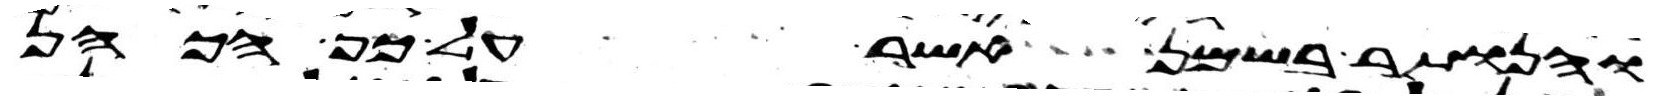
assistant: והנותר בשמן אשר על כף הכהן